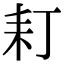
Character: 耓